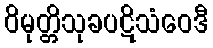
ဝိမုတ္တိသုခပဋိသံဝေဒီ